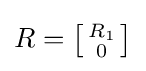
R=\left[{\begin{smallmatrix}R_{1}\\0\end{smallmatrix}}\right]